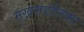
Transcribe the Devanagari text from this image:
मुखमंडलिका